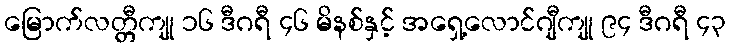
မြောက်လတ္တီကျု ၁၆ ဒီဂရီ ၄၆ မိနစ်နှင့် အရှေ့လောင်ဂျီကျု ၉၄ ဒီဂရီ ၄၃